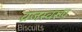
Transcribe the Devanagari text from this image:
व्रजस्वरूप